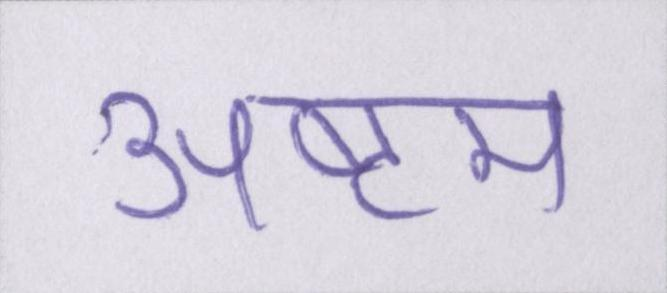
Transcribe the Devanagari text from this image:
अष्टम